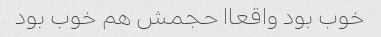
خوب بود واقعاا حجمش هم خوب بود